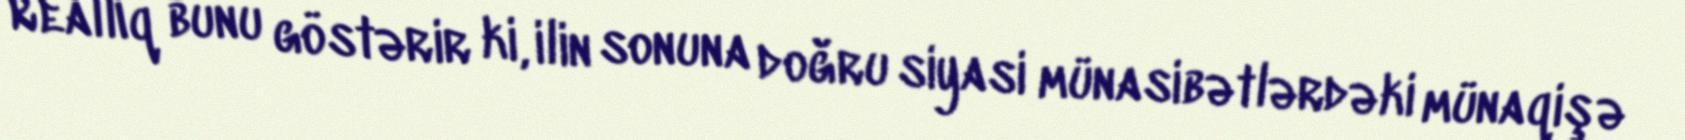
Reallıq bunu göstərir ki, ilin sonuna doğru siyasi münasibətlərdəki münaqişə